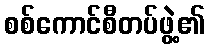
စစ်ကောင်စီတပ်ဖွဲ့၏